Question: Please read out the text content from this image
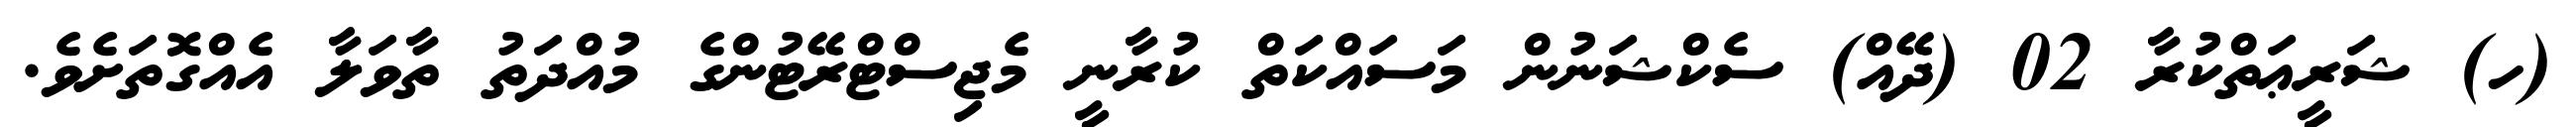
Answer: (ހ) ޝަރީޢަތްކުރާ 02 (ދޭއް) ސެކްޝަނުން މަސައްކަތް ކުރާނީ މެޖިސްޓްރޭޓުންގެ މުއްދަތު ތާވަލާ އެއްގޮތަށެވެ.